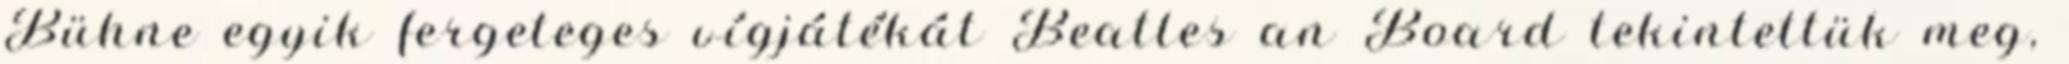
Bühne egyik fergeteges vígjátékát Beatles an Board tekintettük meg,